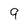
Character: 9